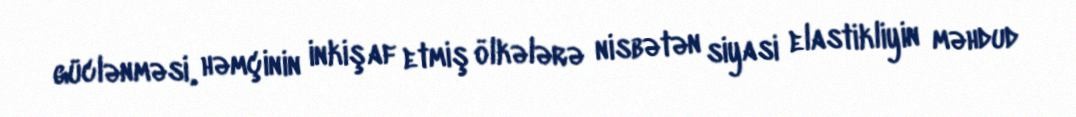
güclənməsi, həmçinin inkişaf etmiş ölkələrə nisbətən siyasi elastikliyin məhdud